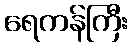
ရေကန်ကြီး